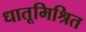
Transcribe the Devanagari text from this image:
धातूमिश्रित